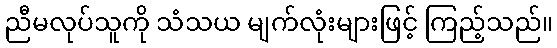
ညီမလုပ်သူကို သံသယ မျက်လုံးများဖြင့် ကြည့်သည်။